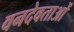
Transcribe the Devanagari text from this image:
वनदेवताओं